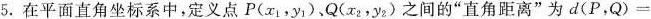
5.在平面直角坐标系中，定义点P(x_{1}，y_{1})，Q(x_{2}，y_{2})之间的”直角距离”为d(P，Q)=